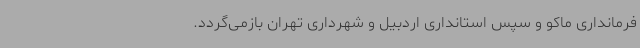
فرمانداری ماکو و سپس استانداری اردبیل و شهرداری تهران بازمی‌گردد.